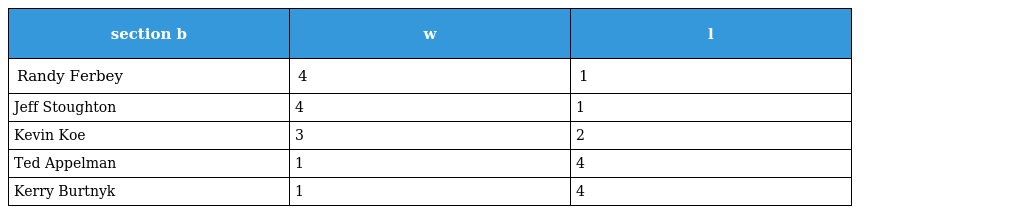
| section b | w | l |
 | --- | --- | --- |
 | Randy Ferbey | 4 | 1 |
 | Jeff Stoughton | 4 | 1 |
 | Kevin Koe | 3 | 2 |
 | Ted Appelman | 1 | 4 |
 | Kerry Burtnyk | 1 | 4 |